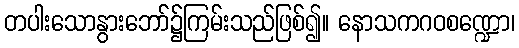
တပါးသောနွားဘော်၌ကြမ်းသည်ဖြစ်၍။ နောသကဂဝစဏ္ဍော၊